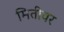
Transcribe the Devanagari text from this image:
मितीवर